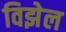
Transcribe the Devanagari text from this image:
विझेल